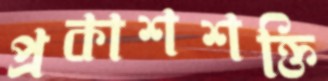
প্রকাশশক্তি